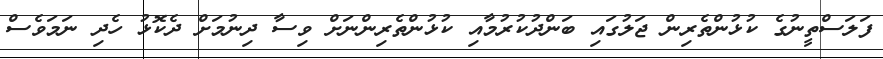
ފަލަސްތީނުގެ ކުޅުންތެރިން ޖަލުގައި ބަންދުކުރުމާއި ކުޅުންތެރިންނަށް ވިސާ ދިނުމަށް ދެކޮޅު ހެދި ނަމަވެސް